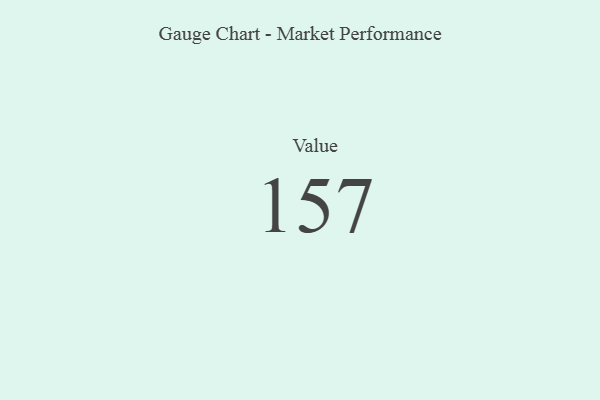
{"axis": {"x": "Metric", "y": "Value"}, "legend": [""], "data": [{"x": "Value", "y": 157, "type": ""}]}